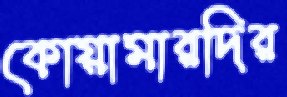
কোয়ামারদির